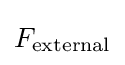
F_{\text{external}}